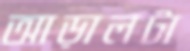
আড়ালটা